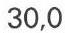
30,0